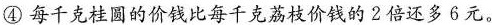
④每千克桂圆的价钱比每千克荔枝价钱的2倍还多6元。